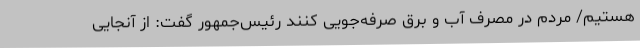
هستیم/ مردم در مصرف آب و برق صرفه‌جویی کنند رئیس‌جمهور گفت: از آنجایی